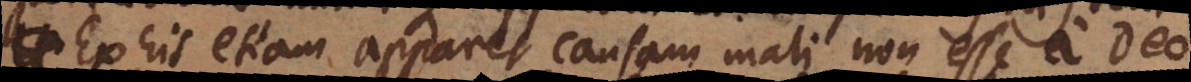
Ex his etiam apparet causam mali non esse a Deo,